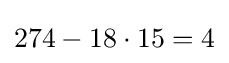
274-18\cdot 15=4